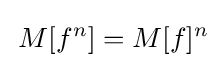
\,M[f^{n}]=M[f]^{n}